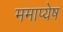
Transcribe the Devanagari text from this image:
ममाप्येष